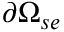
\partial \Omega _ { s e }